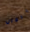
برجال